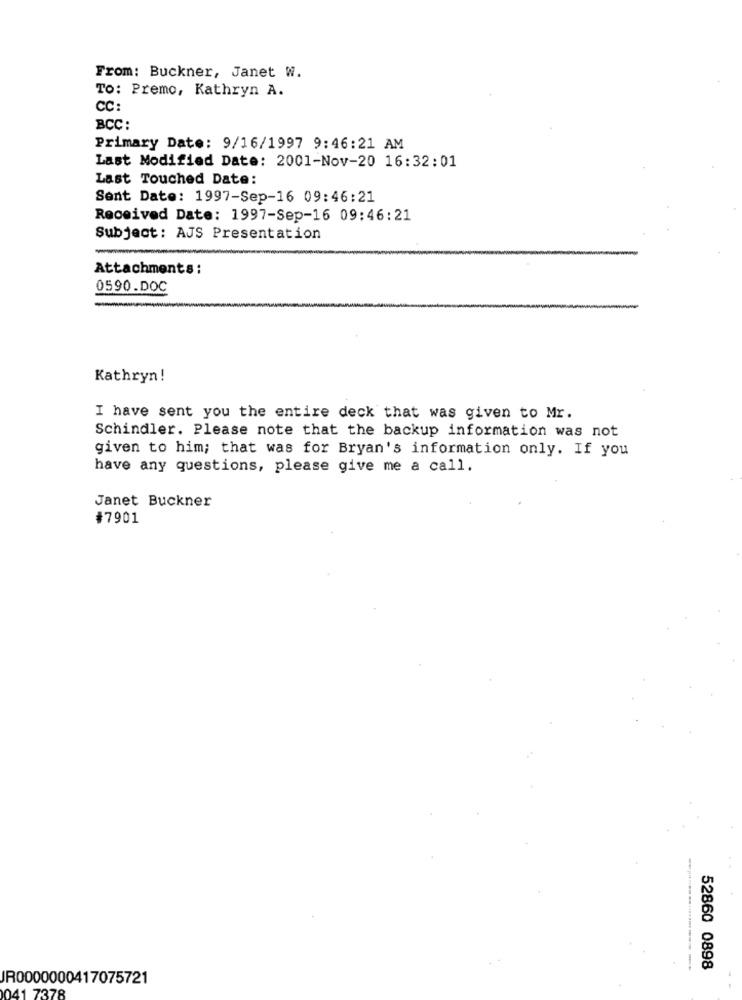
From: Buckner, Janet W.
To: Premo, Kathryn A.
CC:
BCC :
Primary Date: 9/16/1997 9:46:21 AM
Last Modified Date: 2001-Nov-20 16:32:01
Last Touched Date:
Sent Date: 1997-Sep-16 09:46:21
Received Date: 1997-Sep-16 09:46:21
Subject: AJS Presentation
Attachments:
0590.DOC
Kathryn!
I have sent you the entire deck that was given to Mr.
Schindler. Please note that the backup information was not
given to him; that was for Bryan's information only. If you
have any questions, please give me a call.
Janet Buckner
#7901
52860 0898
JR0000000417075721
41 7378